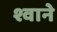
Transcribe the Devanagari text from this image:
श्वाने